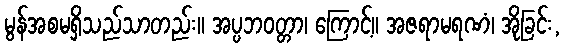
မွန်အစမရှိသည်သာတည်း။ အပ္ပဘဝတ္တာ၊ ကြောင့်။ အဇရာမရဏံ၊ အိုခြင်း,